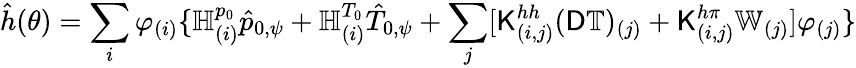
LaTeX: \hat{h}(\theta)=\sum_{i}\varphi_{(i)}\{ \mathbb{H}_{(i)}^{p_{0}}\hat{p}_{0,\psi}+\mathbb{H}_{(i)}^{T_{0}}\hat{T}_{0,\psi}+\sum_{j}[\mathsf{K}_{(i,j)}^{hh}(\mathsf{D}\mathbb{T})_{(j)}+\mathsf{K}_{(i,j)}^{h\pi}\mathbb{W}_{(j)}]\varphi_{(j)}\}